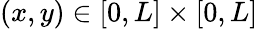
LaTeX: (x,y)\in[0,L]\times[0,L]